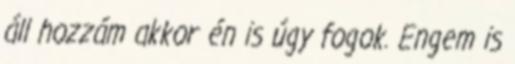
áll hozzám akkor én is úgy fogok. Engem is